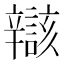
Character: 𫐝